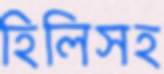
হিলিসহ